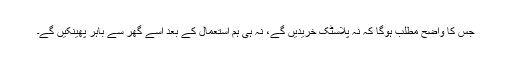
جس کا واضح مطلب ہوگا کہ نہ پلاسٹک خریدیں گے، نہ ہی ہم استعمال کے بعد اسے گھر سے باہر پھینکیں گے۔